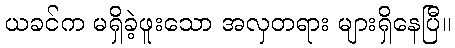
ယခင်က မရှိခဲ့ဖူးသော အလှတရား များရှိနေပြီ။